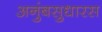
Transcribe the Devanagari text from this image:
अनुंबसुधारस